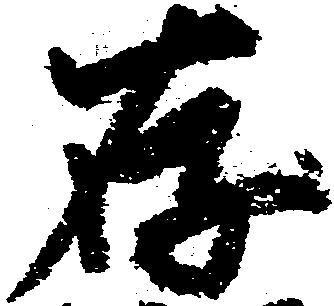
存